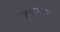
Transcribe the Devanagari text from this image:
उद्‍घाटनसत्र